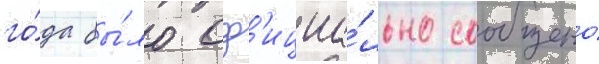
го́да бы́ло оф'ициа́льно сообщено́